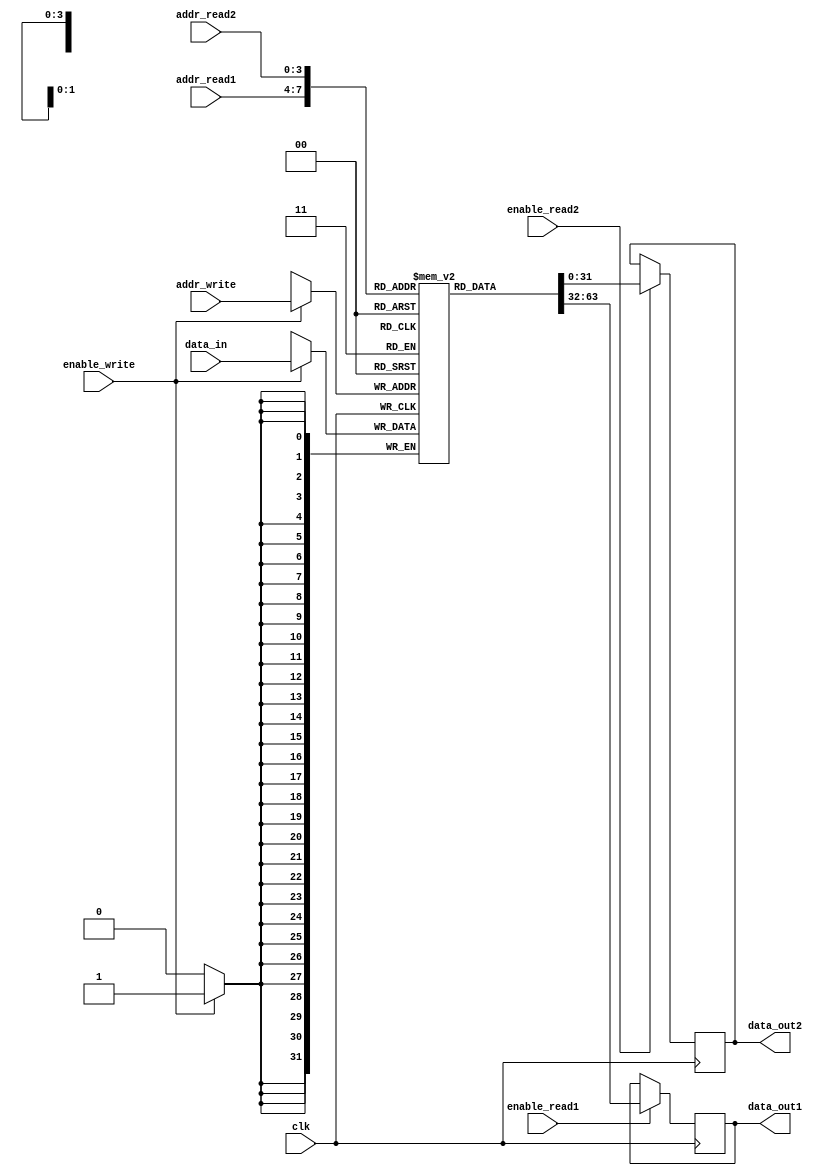
module register_file (
  input wire clk,
  input wire [3:0] addr_read1,
  input wire [3:0] addr_read2,
  input wire [3:0] addr_write,
  input wire enable_write,
  input wire enable_read1,
  input wire enable_read2,
  input wire [31:0] data_in,
  output reg [31:0] data_out1,
  output reg [31:0] data_out2
);

reg [31:0] registers [15:0];

always @ (posedge clk) begin
  if (enable_write) begin
    registers[addr_write] <= data_in;
  end
  
  if (enable_read1) begin
    data_out1 <= registers[addr_read1];
  end
  
  if (enable_read2) begin
    data_out2 <= registers[addr_read2];
  end
end

endmodule